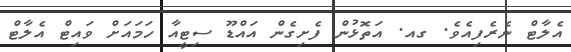
އެލާޓް ނެރެފިއެވެ. ގއ. އަތޮޅުން ފެށިގެން އައްޑޫ ސިޓީއާ ހަމައަށް ވައިޓް އެލާޓް